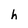
Character: h